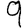
Digit: 9